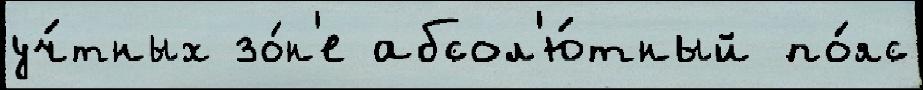
уч́тных зо́н'е абсол'ю́тный по́яс